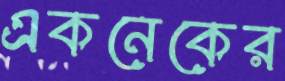
একনেকের